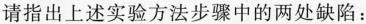
请指出上述实验方法步骤中的两处缺陷：